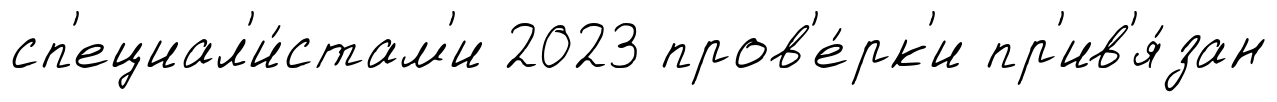
сп'ециал'и́стам'и 2023 пров'е́рк'и пр'ив'я́зан